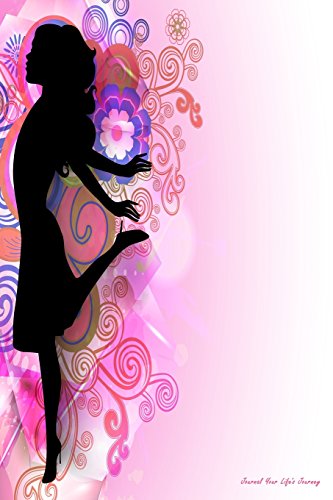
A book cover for Journal Your Life's Journey: Happy Womens Day Abstract, Lined Journal, 6 x 9, 100 Pages; Journal Your Life's Journey; Parenting & Relationships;